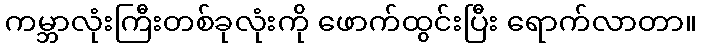
ကမ္ဘာလုံးကြီးတစ်ခုလုံးကို ဖောက်ထွင်းပြီး ရောက်လာတာ။